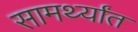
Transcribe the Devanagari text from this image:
सामर्थ्यांत